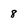
Character: 8